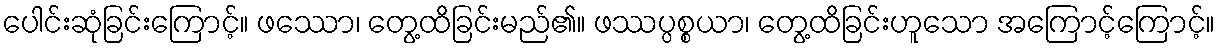
ပေါင်းဆုံခြင်းကြောင့်။ ဖဿော၊ တွေ့ထိခြင်းမည်၏။ ဖဿပ္ပစ္စယာ၊ တွေ့ထိခြင်းဟူသော အကြောင့်ကြောင့်။